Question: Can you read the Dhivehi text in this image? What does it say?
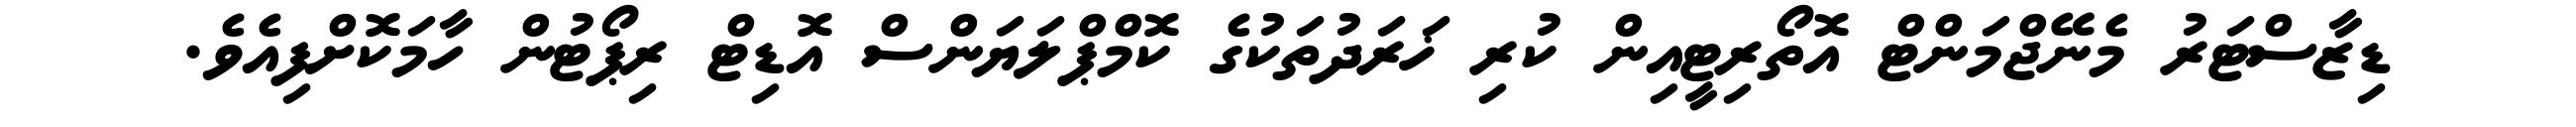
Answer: ޑިޒާސްޓަރު މެނޭޖްމަންޓް އޮތޯރިޓީއިން ކުރި ޚަރަދުތަކުގެ ކޮމްޕްލަޔަންސް އޮޑިޓް ރިޕޯޓުން ހާމަކޮށްފިއެވެ.